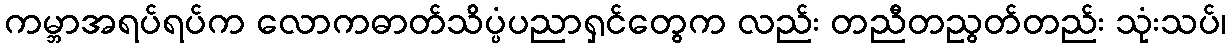
ကမ္ဘာအရပ်ရပ်က လောကဓာတ်သိပ္ပံပညာရှင်တွေက လည်း တညီတညွတ်တည်း သုံးသပ်၊